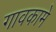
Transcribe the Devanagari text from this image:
गावकामे